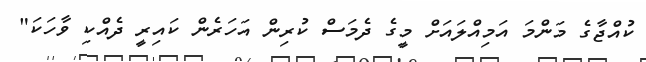
ކުއްޖާގެ މަންމަ އަމިއްލައަށް މީގެ ދެމަސް ކުރިން އަހަރެން ކައިރީ ދެއްކި ވާހަކަ"